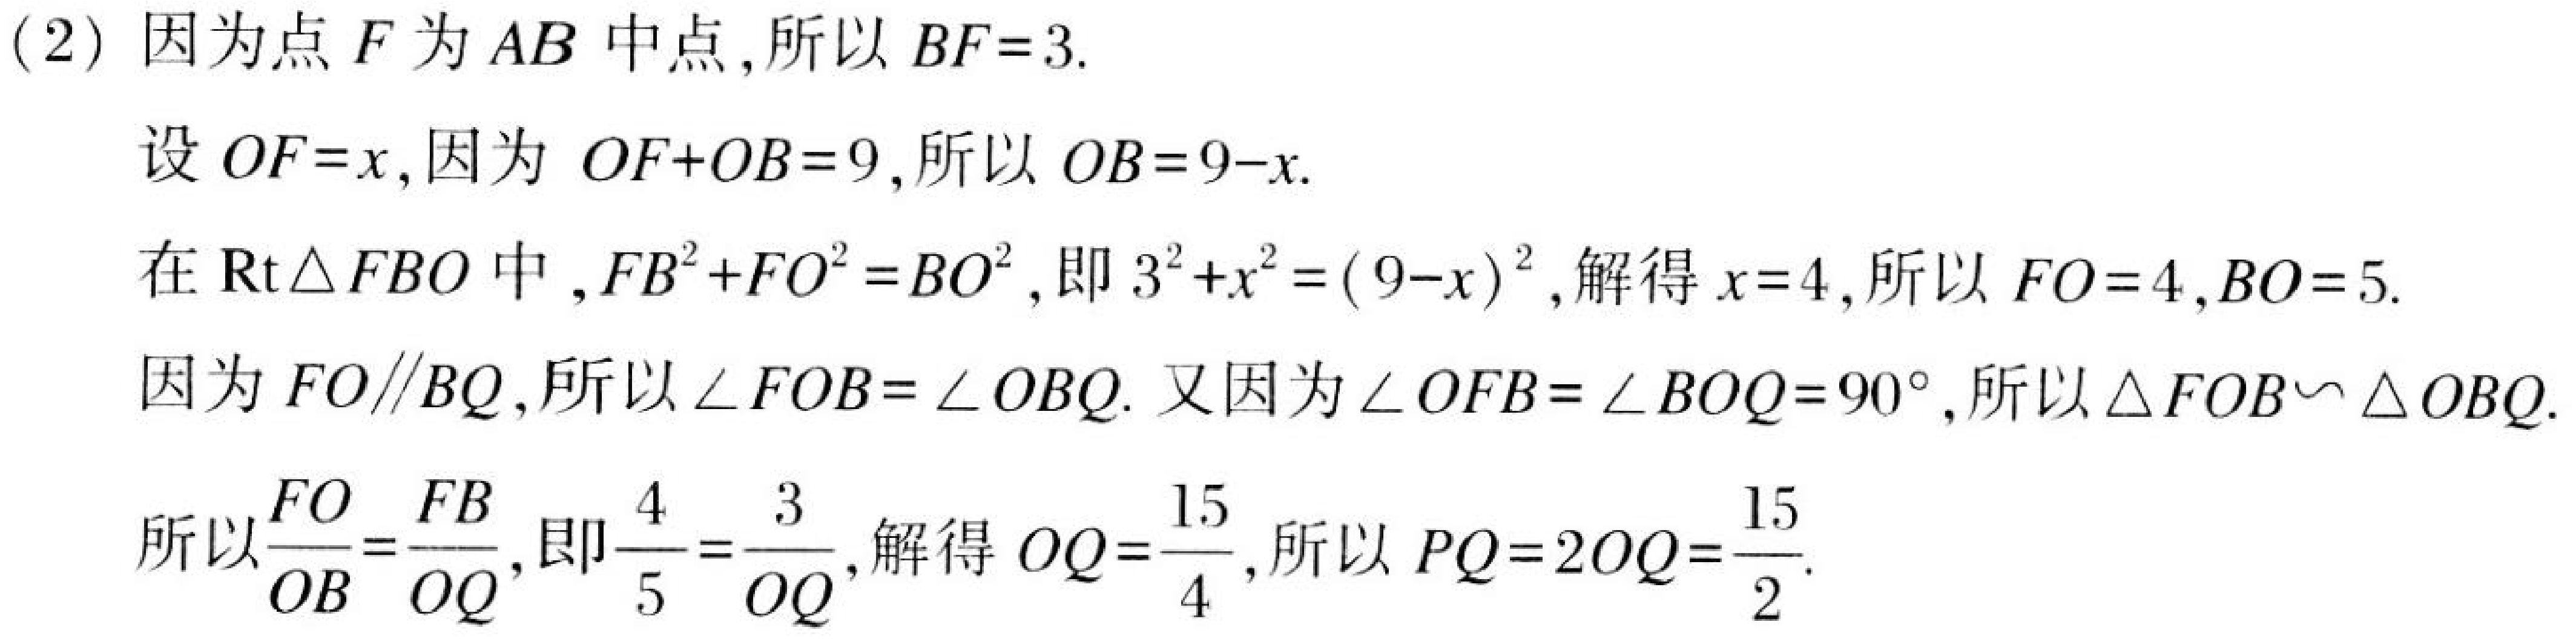
(2) 因为点 \(F\) 为 \(AB\) 中点, 所以 \(BF = 3\).
设 \(OF=x\), 因为 \(OF + OB=9\), 所以 \(OB = 9 - x\).
在 \(\text{Rt}\triangle FBO\) 中, \(FB^{2}+FO^{2}=BO^{2}\), 即 \(3^{2}+x^{2}=(9 - x)^{2}\), 解得 \(x = 4\), 所以 \(FO = 4\), \(BO = 5\).
因为 \(FO\parallel BQ\), 所以 \(\angle FOB=\angle OBQ\). 又因为 \(\angle OFB=\angle BOQ = 90^{\circ}\), 所以 \(\triangle FOB\sim\triangle OBQ\).
所以 \(\frac{FO}{OB}=\frac{FB}{OQ}\), 即 \(\frac{4}{5}=\frac{3}{OQ}\), 解得 \(OQ=\frac{15}{4}\), 所以 \(PQ = 2OQ=\frac{15}{2}\).